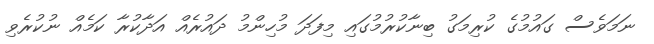
ނަމަވެސް ގައުމުގެ ކުރިމަގު ބިނާކުރުމުގައި މިފަދަ މުހިންމު ދައުރެއް އަދާކުރާ ކަމެއް ނުކުރެވި